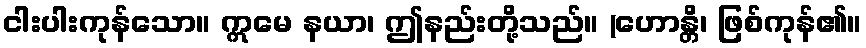
ငါးပါးကုန်သော။ ဣမေ နယာ၊ ဤနည်းတို့သည်။ (ဟောန္တိ၊ ဖြစ်ကုန်၏။